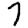
Digit: 7